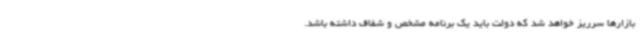
بازارها سرریز خواهد شد که دولت باید یک برنامه مشخص و شفاف داشته باشد.